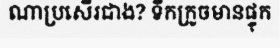
ណាប្រសើរជាង? ទឹកក្រូចមានផ្ទុក